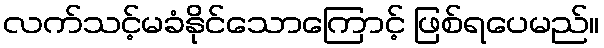
လက်သင့်မခံနိုင်သောကြောင့် ဖြစ်ရပေမည်။